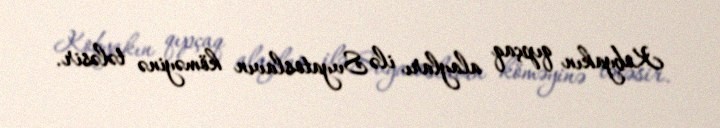
Kobyakın qıpçaq alayları ilə Svyatoslavın köməyinə tələsir.